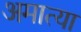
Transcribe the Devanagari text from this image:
अमात्या